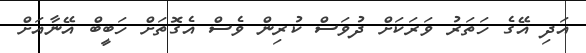
އަދި އޭގެ ހަތަރު ވަރަކަށް ދުވަސް ކުރިން ވެސް އެގޮތަށް ހަބީބް އޭނާއަށް